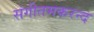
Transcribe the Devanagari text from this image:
संगीतमकरन्द